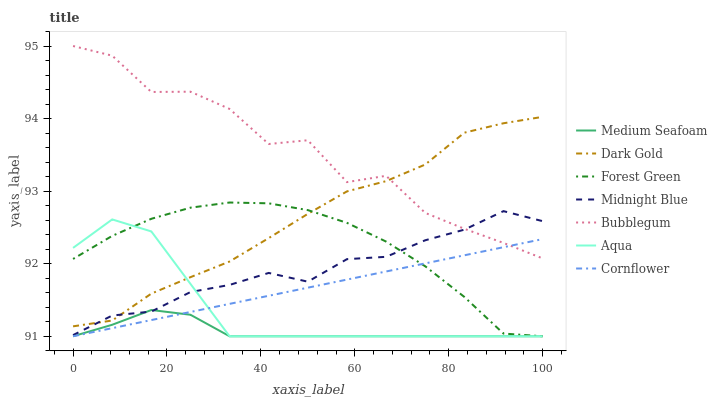
| xaxis_label | Medium Seafoam | Dark Gold | Forest Green | Midnight Blue | Bubblegum | Aqua | Cornflower |
 | --- | --- | --- | --- | --- | --- | --- | --- |
 | 0 | 91 | 91.1 | 92.1 | 91 | 95 | 92.2 | 91 |
 | 8.33 | 91.2 | 91.2 | 92.4 | 91.3 | 94.9 | 92.6 | 91.1 |
 | 16.7 | 91.4 | 91.6 | 92.6 | 91.3 | 94.4 | 92.4 | 91.2 |
 | 25 | 91.3 | 91.8 | 92.8 | 91.6 | 94.4 | 91.7 | 91.3 |
 | 33.3 | 91 | 92 | 92.8 | 91.7 | 94.1 | 91 | 91.4 |
 | 41.7 | 91 | 92.4 | 92.8 | 91.9 | 93.6 | 91 | 91.6 |
 | 50 | 91 | 92.7 | 92.7 | 91.8 | 93.7 | 91 | 91.7 |
 | 58.3 | 91 | 93 | 92.6 | 92.1 | 93.1 | 91 | 91.8 |
 | 66.7 | 91 | 93.1 | 92.3 | 92.1 | 93.2 | 91 | 91.9 |
 | 75 | 91 | 93.4 | 92 | 92.3 | 92.7 | 91 | 92 |
 | 83.3 | 91 | 93.8 | 91.5 | 92.5 | 92.5 | 91 | 92.1 |
 | 91.7 | 91 | 93.9 | 91 | 92.7 | 92.3 | 91 | 92.2 |
 | 100 | 91 | 94 | 91 | 92.6 | 92.1 | 91 | 92.3 |